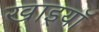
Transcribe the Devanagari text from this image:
खाइयॉ